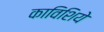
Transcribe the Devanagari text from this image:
काविशिये